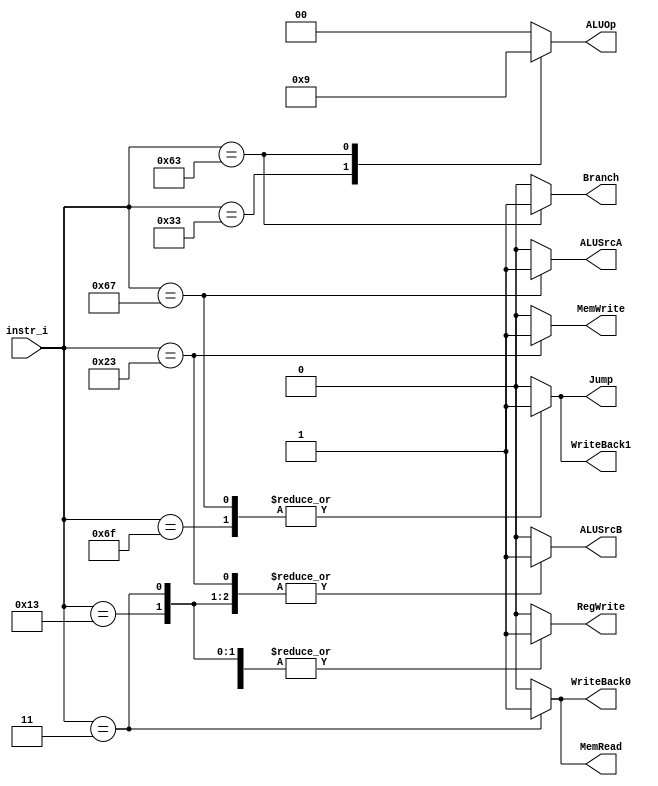
module Decoder(
    input   [7-1:0]     instr_i,
    output              RegWrite,
    output              Branch,
    output              Jump,
    output              WriteBack1,
    output              WriteBack0,
    output              MemRead,
    output              MemWrite,
    output              ALUSrcA,
    output              ALUSrcB,
    output  [2-1:0]     ALUOp
);

/* Write your code HERE */
reg RegWrite, Branch, Jump, WriteBack1, WriteBack0, MemRead, MemWrite, ALUSrcA, ALUSrcB;
reg [2-1:0] ALUOp;

always @(*) begin
	case (instr_i)
		7'b0110011: begin //R-type
			RegWrite <= 1'b1;
			Branch <= 1'b0;
			Jump <= 1'b0;
			WriteBack1 <= 1'b0;
			WriteBack0 <= 1'b0;
			MemRead <= 1'b0;
			MemWrite <= 1'b0;
			ALUSrcA <= 1'b0;
			ALUSrcB <= 1'b0;
			ALUOp <= 2'b10;
		end
		7'b0010011: begin //I-type
			RegWrite <= 1'b1;
			Branch <= 1'b0;
			Jump <= 1'b0;
			WriteBack1 <= 1'b0;
			WriteBack0 <= 1'b0;
			MemRead <= 1'b0;
			MemWrite <= 1'b0;
			ALUSrcA <= 1'b0;
			ALUSrcB <= 1'b1;
			ALUOp <= 2'b00;
		end
		7'b0000011: begin //lw
			RegWrite <= 1'b1;
			Branch <= 1'b0;
			Jump <= 1'b0;
			WriteBack1 <= 1'b0;
			WriteBack0 <= 1'b1;
			MemRead <= 1'b1;
			MemWrite <= 1'b0;
			ALUSrcA <= 1'b0;
			ALUSrcB <= 1'b1;
			ALUOp <= 2'b00;
		end
		7'b0100011: begin //sw
			RegWrite <= 1'b0;
			Branch <= 1'b0;
			Jump <= 1'b0;
			WriteBack1 <= 1'b0;
			WriteBack0 <= 1'b0;
			MemRead <= 1'b0;
			MemWrite <= 1'b1;
			ALUSrcA <= 1'b0;
			ALUSrcB <= 1'b1;
			ALUOp <= 2'b00;
		end
		7'b1100011: begin //branch
			RegWrite <= 1'b0;
			Branch <= 1'b1;
			Jump <= 1'b0;
			WriteBack1 <= 1'b0;
			WriteBack0 <= 1'b0;
			MemRead <= 1'b0;
			MemWrite <= 1'b0;
			ALUSrcA <= 1'b0;
			ALUSrcB <= 1'b0;
			ALUOp <= 2'b01;
		end
		7'b1101111: begin //jal
			RegWrite <= 1'b1;
			Branch <= 1'b0;
			Jump <= 1'b1;
			WriteBack1 <= 1'b1;
			WriteBack0 <= 1'b0;
			MemRead <= 1'b0;
			MemWrite <= 1'b0;
			ALUSrcA <= 1'b0;
			ALUSrcB <= 1'b0;
			ALUOp <= 2'b00;
		end
		7'b1100111: begin //jalr
			RegWrite <= 1'b1;
			Branch <= 1'b0;
			Jump <= 1'b1;
			WriteBack1 <= 1'b1;
			WriteBack0 <= 1'b0;
			MemRead <= 1'b0;
			MemWrite <= 1'b0;
			ALUSrcA <= 1'b1;
			ALUSrcB <= 1'b0;
			ALUOp <= 2'b00;
		end
		default: begin
			RegWrite <= 1'b0;
			Branch <= 1'b0;
			Jump <= 1'b0;
			WriteBack1 <= 1'b0;
			WriteBack0 <= 1'b0;
			MemRead <= 1'b0;
			MemWrite <= 1'b0;
			ALUSrcA <= 1'b0;
			ALUSrcB <= 1'b0;
			ALUOp <= 2'b00;
		end
	endcase
end

endmodule